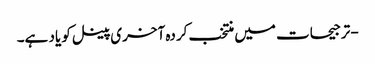
- ترجیحات میں منتخب کردہ آخری پینل کو یاد ہے۔